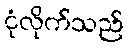
ငုံလိုက်သည်